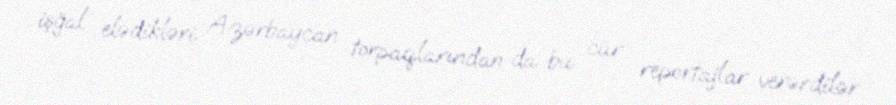
işğal elədikləri Azərbaycan torpaqlarından da bu cür reportajlar verərdilər.